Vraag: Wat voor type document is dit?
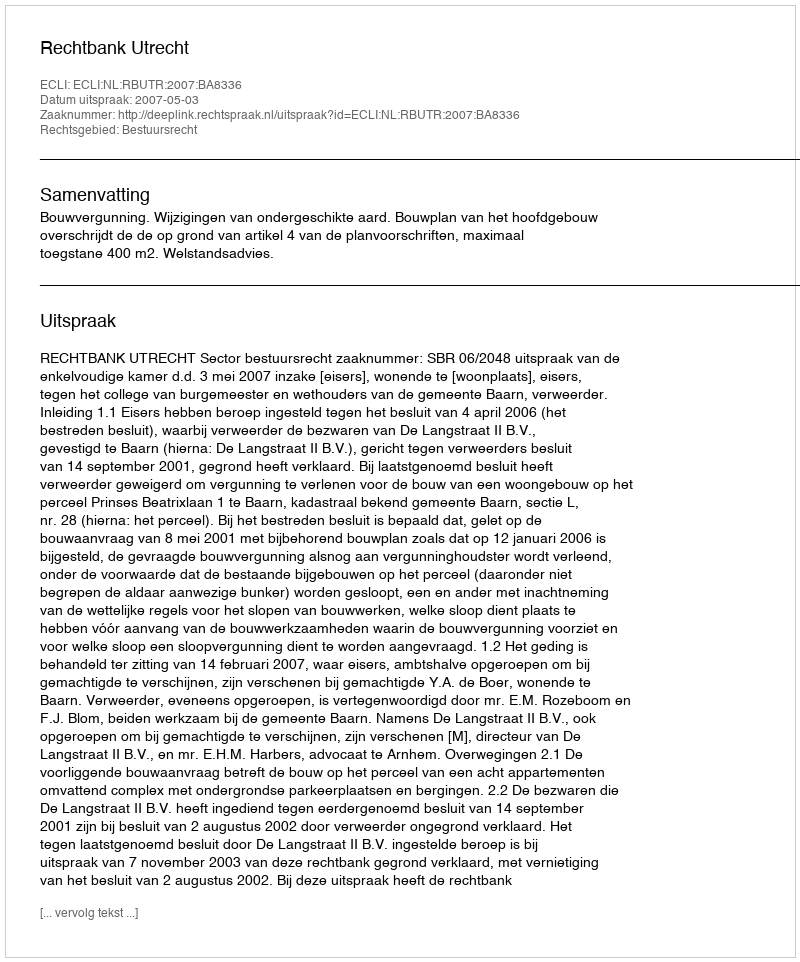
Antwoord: Uitspraak